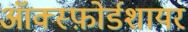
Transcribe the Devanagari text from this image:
ऑक्स्फ़ोर्डशायर